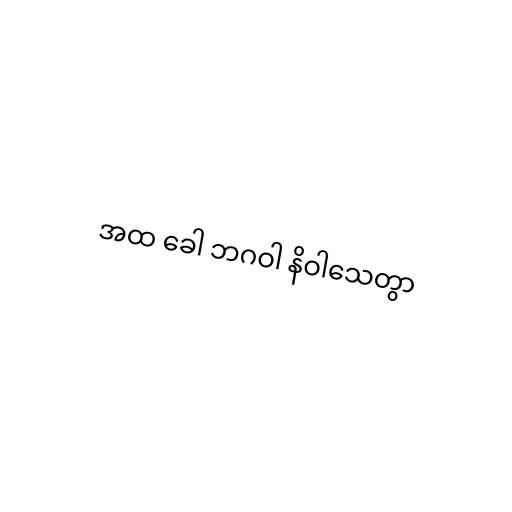
အထ ခေါ ဘဂဝါ နိဝါသေတွာ